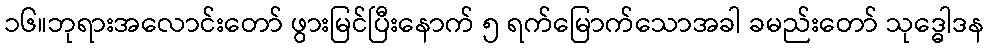
၁၆။ဘုရားအလောင်းတော် ဖွားမြင်ပြီးနောက် ၅ ရက်မြောက်သောအခါ ခမည်းတော် သုဒ္ဓေါဒန